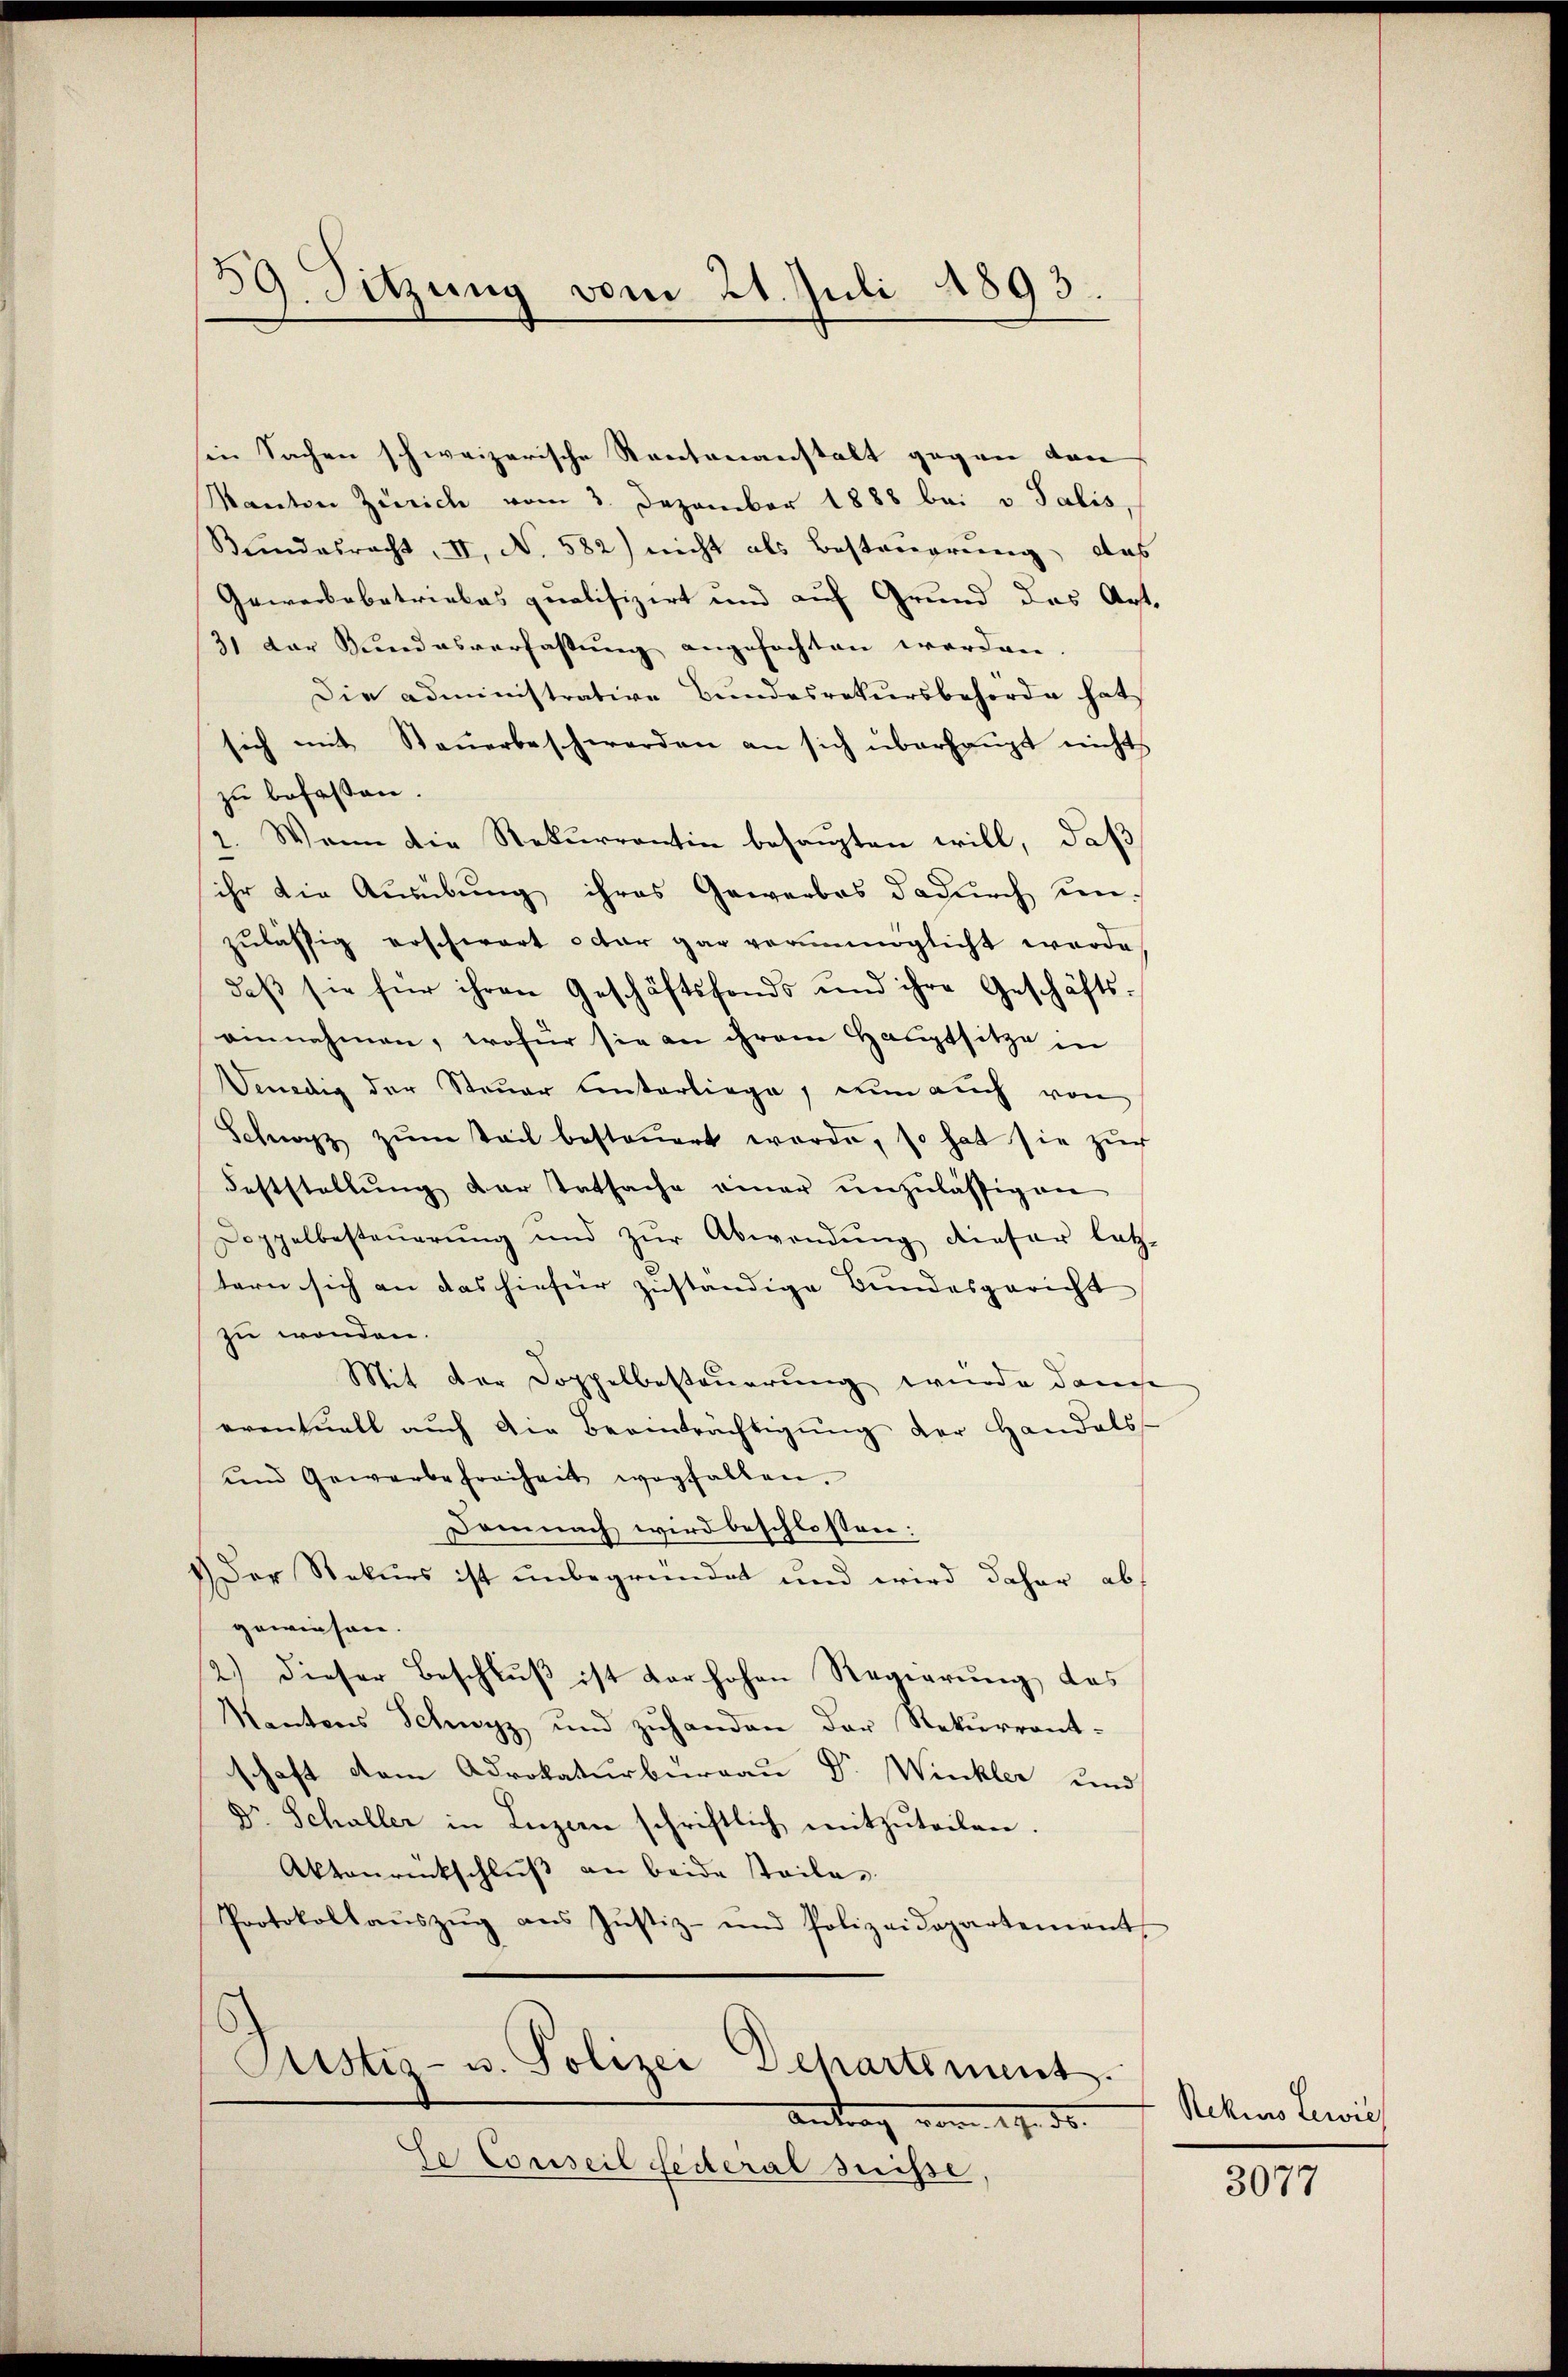
39. Sitzung vom 24. Juli 1893.

in Sachen schweizerische Rentenanstalt gegen den
Kanton Zürich vom 3. Dezember 1888 bei v. Salis,
Bundesracht, II, N. 582) nicht als Bestauerung, das
Gewerbebetriebes qualifizirt und auf Grund das Art.
31 der Kundesverfassung angefochten werden
Die administrative Bundesrekursbehörde hat
sich mit Steuerbeschwerden an sich überhaupt nicht
zu befassen.
1. Wenn die Rekurrentin behaupten will, daß
ihr die Ausübung ihres Gewerbes dadurch sein.
zulässig erschwart octar gar verunmöglicht werde
daβ sie für ihren Geschäftsfonds und ihre Geschäfts-
einnahmen, wofür sie an ihrem Hauptsitze in
Venedig der Steuer Unterliege, nun auch von
Schwarz zŭm tail besteŭert werde, so hat sie zŭr
Feststellŭng der Tatsache einer unzulässigen
Doppelbesteŭerŭng und zŭr Abwendŭng dieser letz-
tern sich an das hiefür zuständige Bundesgericht |
zu wenden.
Mit der Doppelbesteuerung wurde danche
eventuell auch die Beeinträchtigŭng der Handels-
und Gewerbefreiheit wegfallen.
Demnach wird beschlossen:
1.) Der Rekurs ist unbegründet und wird daher abs
gewiesen.
2.) dieser Beschluß ist der hohen Regierung des
Kantons Schwyz und zŭhanden der Rekŭrrant-
schaft dem Advokaturburgau Dr. Winkler und
Dr. Schaller in Luzern schriftlich mitzuteilen.
Aktanrückschluß an beide steile
Protokollaŭszŭg ans Justiz- und Polizeidepartement
Cistis- u. Polizei Departement.
Antrag vom 19. ds.
Se Conseil Federal Suisse,

Rekurs Lewies

3077